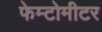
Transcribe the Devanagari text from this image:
फेम्टोमीटर